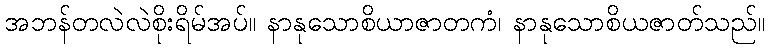
အဘန်တလဲလဲစိုးရိမ်အပ်။ နာနုသောစိယာဇာတကံ၊ နာနုသောစိယဇာတ်သည်။